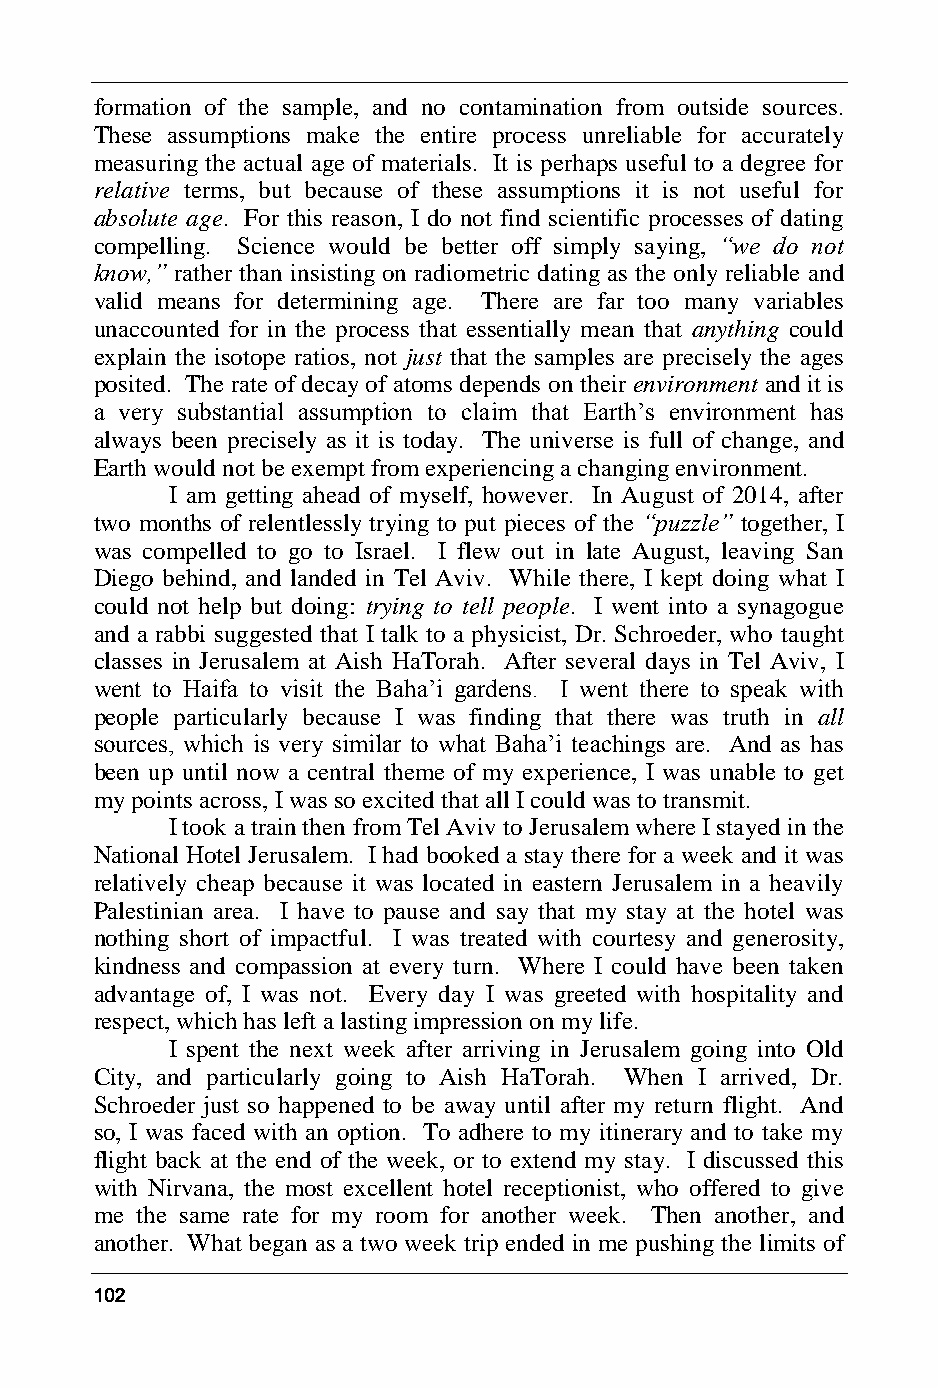
formation of the sample, and no contamination from outside sources.
 These assumptions make the entire process unreliable for accurately
 measuring the actual age of materials. It is perhaps useful to a degree for
 relative terms, but because of these assumptions it is not useful for
 absolute age. For this reason, I do not find scientific processes of dating
 compelling. Science would be better off simply saying, “we do not
 know,” rather than insisting on radiometric dating as the only reliable and
 valid means for determining age. There are far too many variables
 unaccounted for in the process that essentially mean that anything could
 explain the isotope ratios, not just that the samples are precisely the ages
 posited. The rate of decay of atoms depends on their environment and it is
 a very substantial assumption to claim that Earth’s environment has
 always been precisely as it is today. The universe is full of change, and
 Earth would not be exempt from experiencing a changing environment.
 I am getting ahead of myself, however. In August of 2014, after
 two months of relentlessly trying to put pieces of the “puzzle” together, I
 was compelled to go to Israel. I flew out in late August, leaving San
 Diego behind, and landed in Tel Aviv. While there, I kept doing what I
 could not help but doing: trying to tell people. I went into a synagogue
 and a rabbi suggested that I talk to a physicist, Dr. Schroeder, who taught
 classes in Jerusalem at Aish HaTorah. After several days in Tel Aviv, I
 went to Haifa to visit the Baha’i gardens. I went there to speak with
 people particularly because I was finding that there was truth in all
 sources, which is very similar to what Baha’i teachings are. And as has
 been up until now a central theme of my experience, I was unable to get
 my points across, I was so excited that all I could was to transmit.
 I took a train then from Tel Aviv to Jerusalem where I stayed in the
 National Hotel Jerusalem. I had booked a stay there for a week and it was
 relatively cheap because it was located in eastern Jerusalem in a heavily
 Palestinian area. I have to pause and say that my stay at the hotel was
 nothing short of impactful. I was treated with courtesy and generosity,
 kindness and compassion at every turn. Where I could have been taken
 advantage of, I was not. Every day I was greeted with hospitality and
 respect, which has left a lasting impression on my life.
 I spent the next week after arriving in Jerusalem going into Old
 City, and particularly going to Aish HaTorah. When I arrived, Dr.
 Schroeder just so happened to be away until after my return flight. And
 so, I was faced with an option. To adhere to my itinerary and to take my
 flight back at the end of the week, or to extend my stay. I discussed this
 with Nirvana, the most excellent hotel receptionist, who offered to give
 me the same rate for my room for another week. Then another, and
 another. What began as a two week trip ended in me pushing the limits of
 102